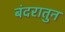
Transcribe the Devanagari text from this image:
बंदरातुन